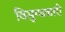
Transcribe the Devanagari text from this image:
विमुग्धकारी